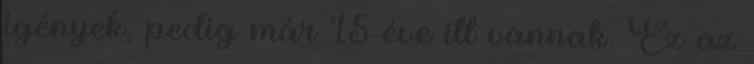
igények, pedig már 15 éve itt vannak. Ez az